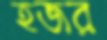
হজর